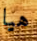
هيا